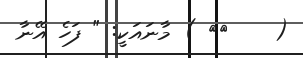
(    ٢٤ ) މާނައަކީ: " ފަހެ އޭނާ